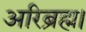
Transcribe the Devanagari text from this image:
अरिब्रह्म।